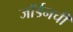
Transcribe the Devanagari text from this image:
जॉर्डनची